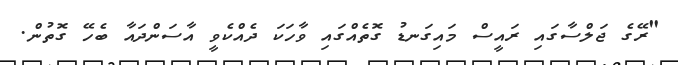
"ރޭގެ ޖަލްސާގައި ރައީސް މައިގަނޑު ގޮތެއްގައި ވާހަކަ ދެއްކެވީ އާސަންދައާ ބެހޭ ގޮތުން.